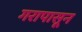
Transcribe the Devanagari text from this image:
गरापासून